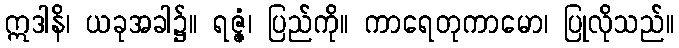
ဣဒါနိ၊ ယခုအခါ၌။ ရဇ္ဇံ၊ ပြည်ကို။ ကာရေတုကာမော၊ ပြုလိုသည်။